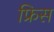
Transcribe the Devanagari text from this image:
फ्रिस